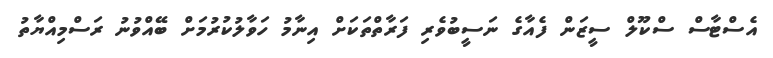
އެސްޓާސް ސްކޫލް ސީޒަން ފެއާގެ ނަސީބުވެރި ފަރާތްތަކަށް އިނާމު ހަވާލުކުރުމަށް ބޭއްވުނު ރަސްމިއްޔާތު